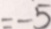
= - 5